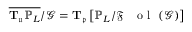
\overline { { \mathbf { T } _ { \mathfrak { u } } \mathbb { P } _ { L } } } / \mathcal { G } = \mathbf { T } _ { \mathfrak { p } } \left[ \mathbb { P } _ { L } / { \mathfrak { F } \mathrm { ~ \textbf ~ { ~ o ~ l ~ } ~ } } ( \mathcal { G } ) \right]